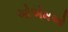
ઓએમઓ